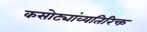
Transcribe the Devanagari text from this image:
कसोट्यांव्यतिरिक्त